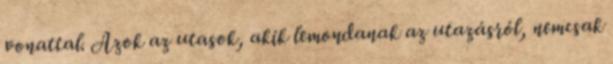
vonattal. Azok az utasok, akik lemondanak az utazásról, nemcsak